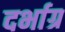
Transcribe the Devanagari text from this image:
दर्भाग्र